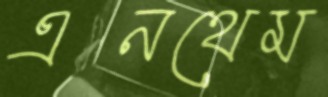
এনথেম